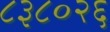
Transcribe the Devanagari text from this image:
८३८०२६